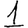
Digit: 1